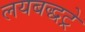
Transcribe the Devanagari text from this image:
लयबद्धट्रे